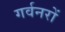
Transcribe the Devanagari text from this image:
गर्वनरों